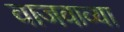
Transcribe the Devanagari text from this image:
वाजवाव्या